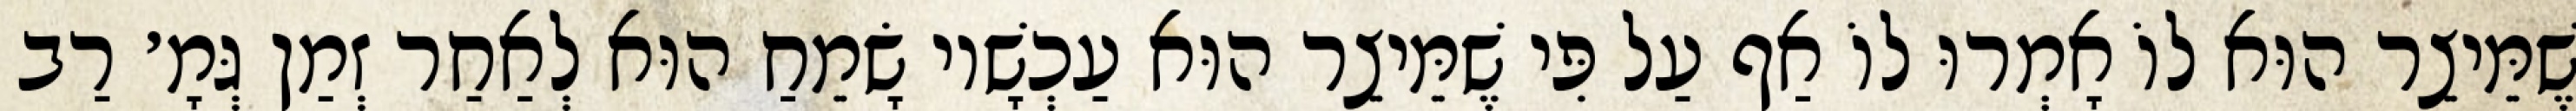
שֶׁמֵּיצֵר הוּא לוֹ אָמְרוּ לוֹ אַף עַל פִּי שֶׁמֵּיצֵר הוּא עַכְשָׁיו שָׂמֵחַ הוּא לְאַחַר זְמַן גְּמָ׳ רַב